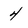
Character: 4